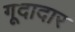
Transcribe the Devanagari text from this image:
गूदादार